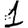
Digit: 1